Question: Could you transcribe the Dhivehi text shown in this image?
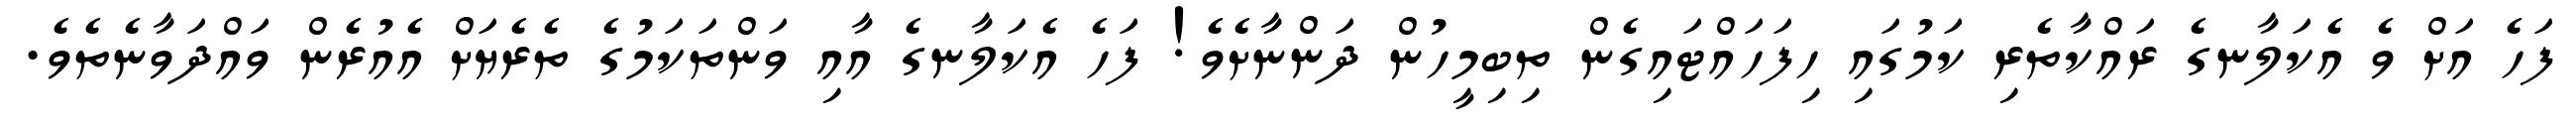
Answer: ފަހެ އަށް ވެ އެކަލާނގެ ރައްކާތެރި ކަމުގައި ހިފަހައްޓައިގެން ތިބިމީހުން ދަންނާށެވެ! ފަހެ އެކަލާނގެ އާއި ވަންތަކަމުގެ ތެރެޔަށް އެއުރެން ވައްދަވާނެތެވެ.